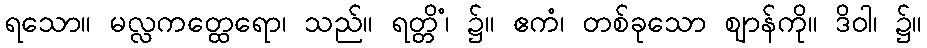
ရသော။ မလ္လကတ္ထေရော၊ သည်။ ရတ္တိံ၊ ၌။ ဧကံ၊ တစ်ခုသော ဈာန်ကို။ ဒိဝါ၊ ၌။